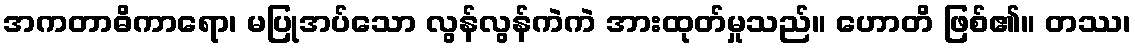
အကတာဓိကာရော၊ မပြုအပ်သော လွန်လွန်ကဲကဲ အားထုတ်မှုသည်။ ဟောတိ ဖြစ်၏။ တဿ၊